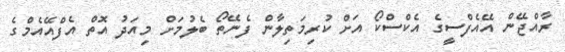
ރާއްޖޭން އޭއެފްސީގެ އެކްސްކޯ އަށް ކުރިމަތިލާން ފެނޭތޯ ބެލުމަށް މިއަދު އޮތް އެފްއޭއެމްގެ